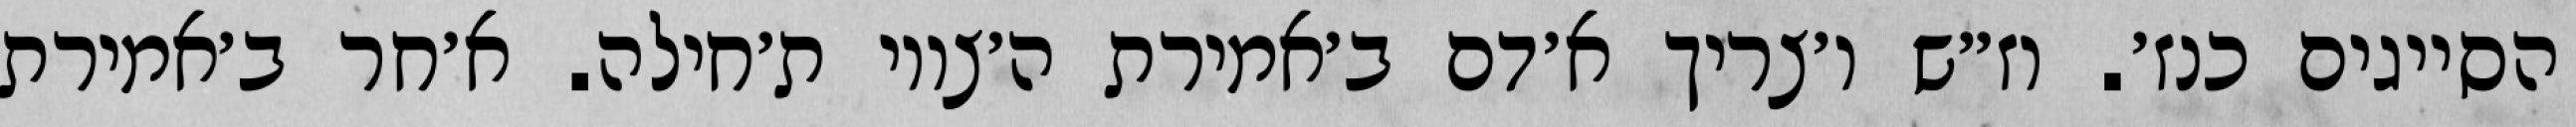
הסייגים כנז׳. וז״ש ו׳צריך א׳דם ב׳אמירת ה׳צווי ת׳חילה. א׳חר ב׳אמירת